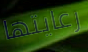
رعايتها